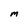
Character: M